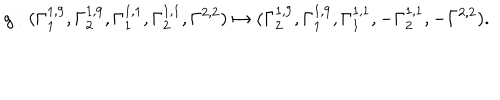
LaTeX: g : ( \Gamma _ { 1 } ^ { 1 , 9 } , \Gamma _ { 2 } ^ { 1 , 9 } , \Gamma _ { 1 } ^ { 1 , 1 } , \Gamma _ { 2 } ^ { 1 , 1 } , \Gamma ^ { 2 , 2 } ) \mapsto ( \Gamma _ { 2 } ^ { 1 , 9 } , \Gamma _ { 1 } ^ { 1 , 9 } , \Gamma _ { 1 } ^ { 1 , 1 } , - \Gamma _ { 2 } ^ { 1 , 1 } , - \Gamma ^ { 2 , 2 } ) .